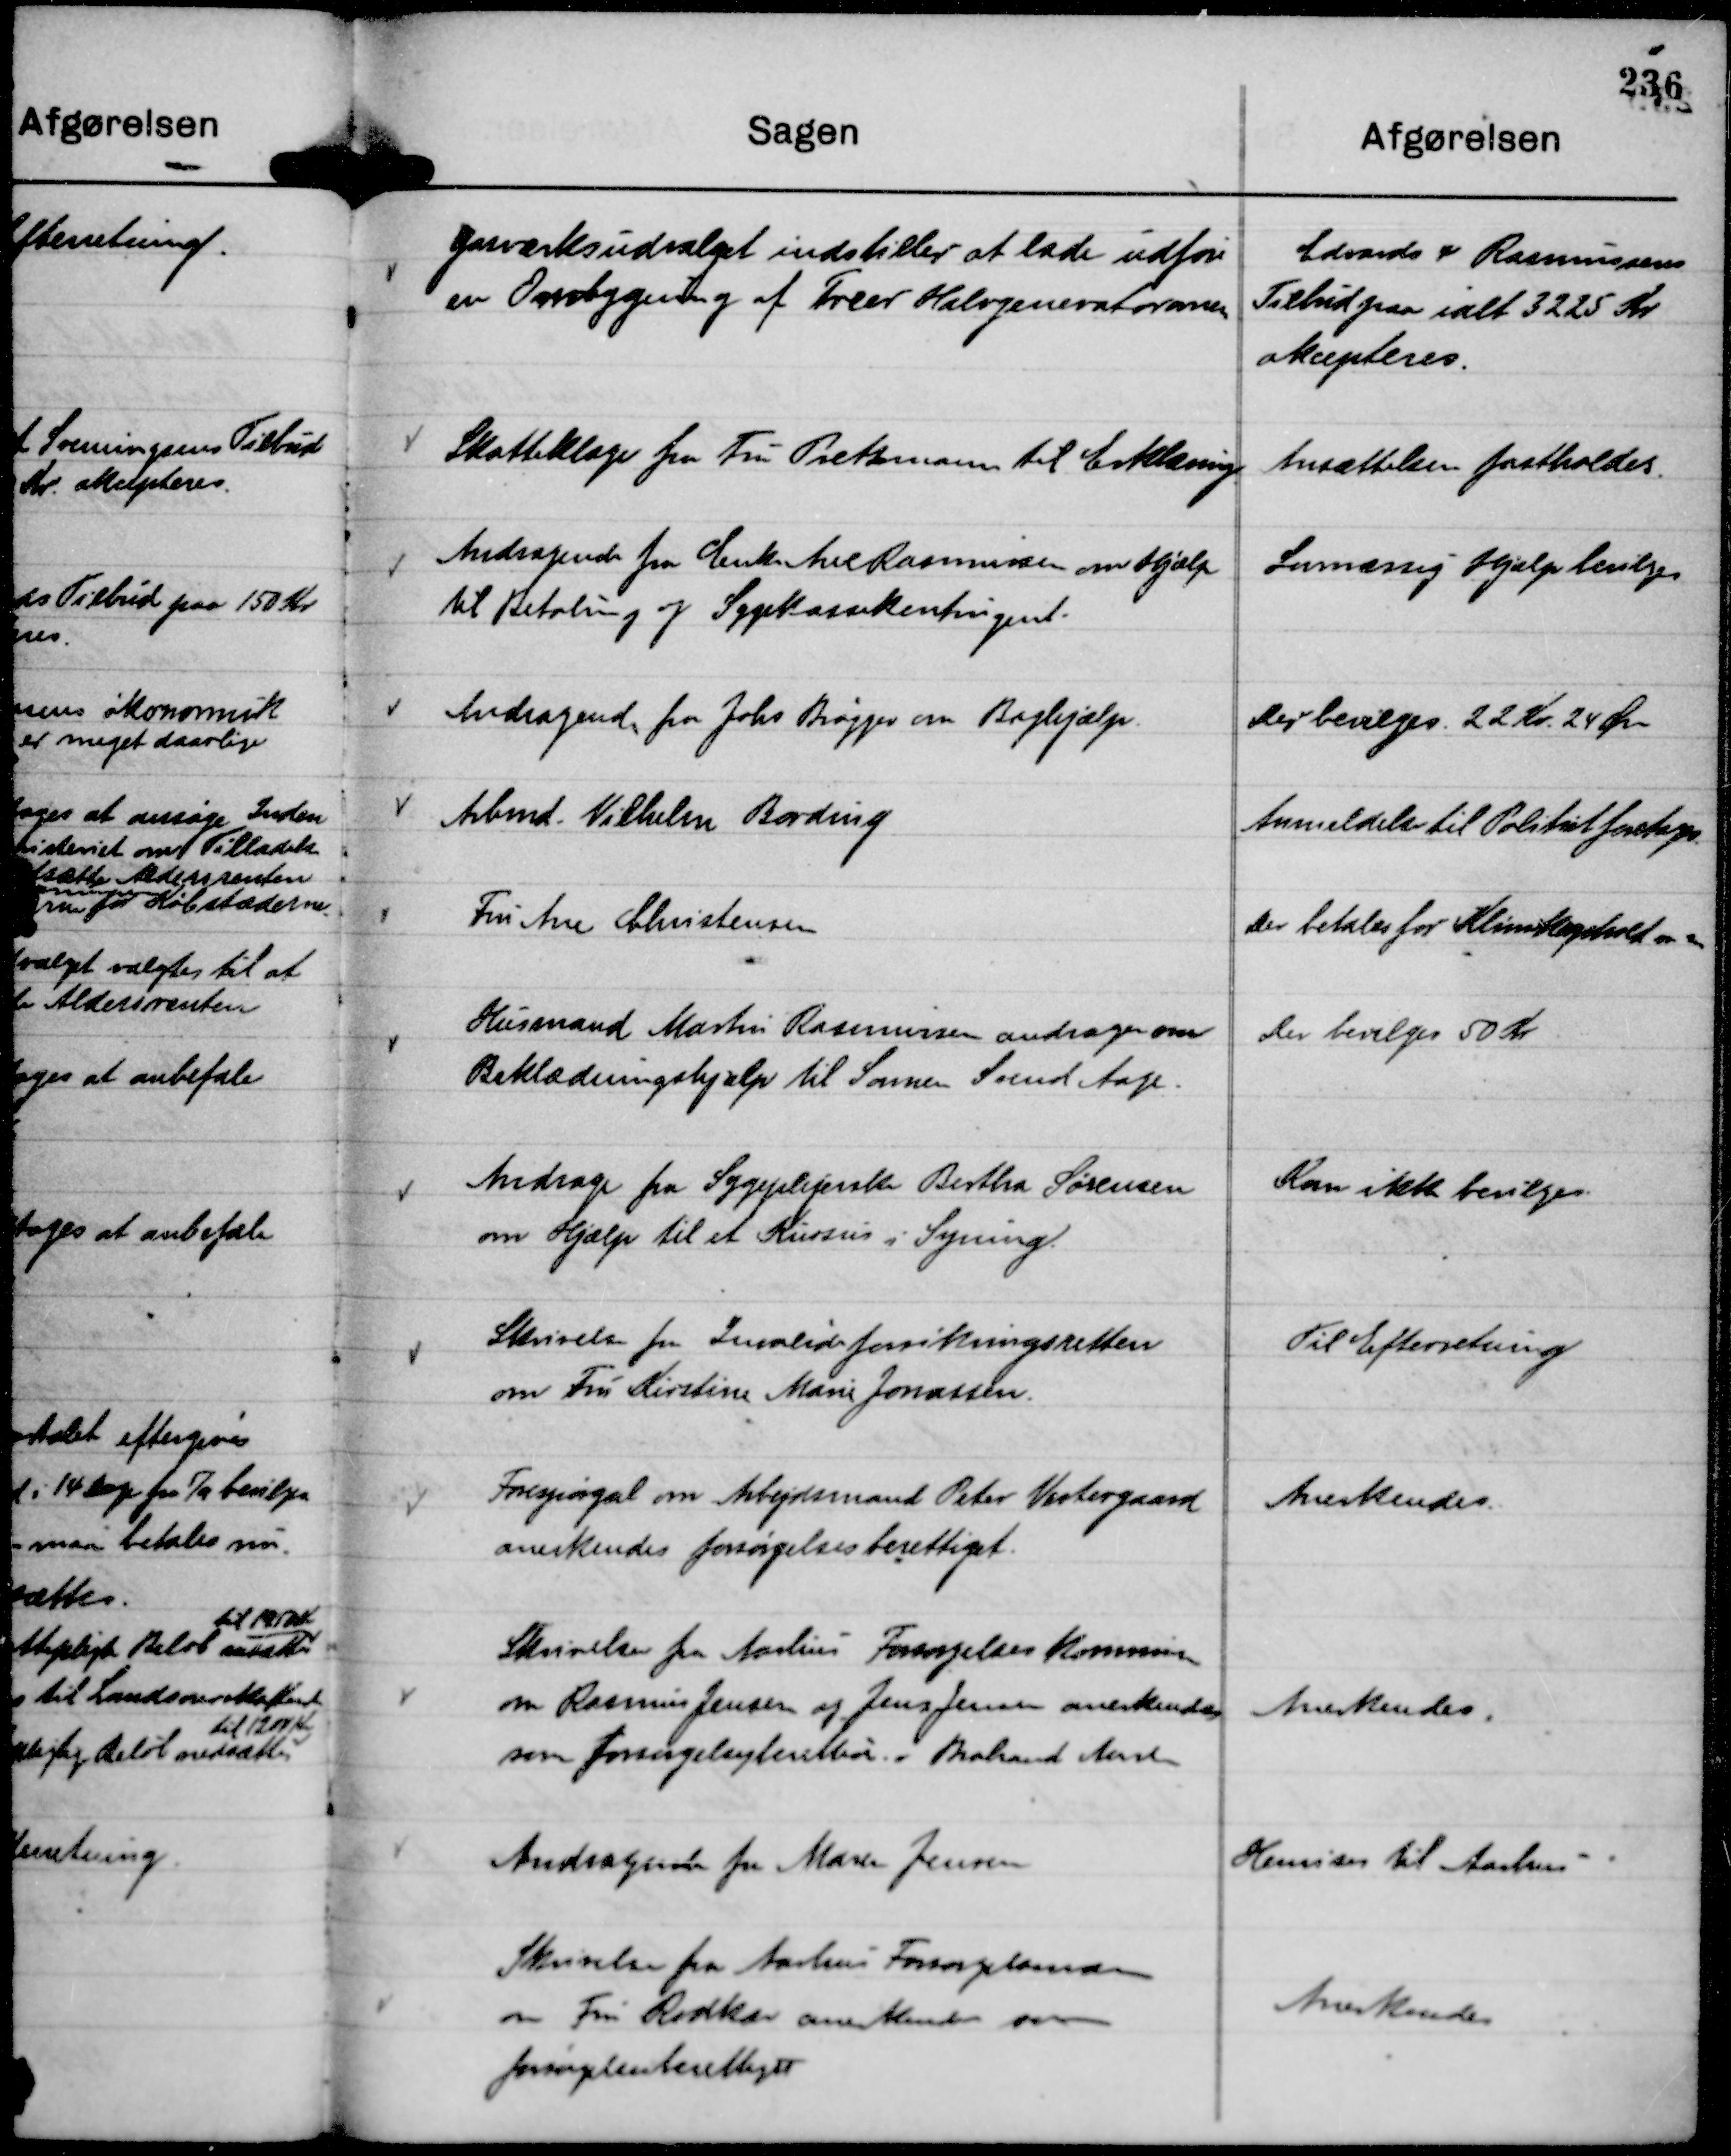
Transskription:
Gasværksudvalget indstiller at lade udføre
en Ombygning af Treer Halvgeneratoranen

Edvards & Rasmussens
Tilbud paa ialt 3225 Kr
akcepteres.

Skatteklager fra Fru Pretzmann til Erklæring

Ansættelsen fastholdes

Andragende fra Enke Ane Rasmussen om Hjælp
til Betaling af Sygekassekontingent.

Lovmæssig Hjælp bevilges

Andragende fra Johs Brøgger om Boghjælp.

Der bevilges . 22 Kr. 24 Øre

Arbmd. Vilhelm Bording

Anmeldelse til Politiet foretages.

Fru Ane Christensen

Der betales for Klinikophold m m

Husmand Martin Rasmussen andrager om
Beklædningshjælp til Sønnen Svend Aage.

Der bevilges 50 Kr

Andrage fra Sygeplejerske Bertha Sørensen
om Hjælp til et Kursus i Syning.

Kan ikke bevilges.

Skrivelse fra Invalideforsikringsretten
om Fru Kirstine Marie Jonassen.

Til Efterretning

Forespørgsel om Arbejdsmand Peter Vestergaard
anerkendes forsørgelsesberettiget.

Anerkendes.

Skrivelse fra Aarhus Forsørgelkommis
om Rasmus Jensen og Jens Jensen anerkendes
som forsørgelsesberettede i Brabrand Aarslev

Anerkendes.

Andragende fra Maren Jensen

Henvises til Aarhus

Skrivelse fra Aarhus Forsørgelsesnævn
om Fru Rodkær anerkendes som
forsørgelsesberettiget

Anerkendes